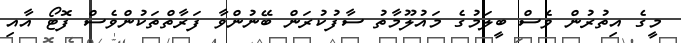
މީގެ އިތުރުން ވެސް ބީލަމުގެ މައުލޫމާތު ސާފުކުރަން ބޭނުންވާ ފަރާތްތަކުންވެސް ފޮޓޯ އާއި